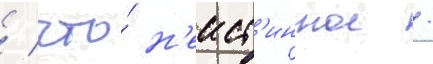
/ что́ н'еист'инное /